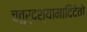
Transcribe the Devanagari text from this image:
चतुर्दश्यामादिदेवो